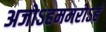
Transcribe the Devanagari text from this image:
अजोऽहममरोऽहं